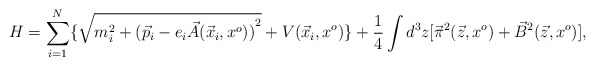
\begin{align*}H=\sum_{i=1}^N\lbrace \sqrt{m_i^2+{({\vec p}_i-e_i\vec A({\vec x}_i,x^o))}^2}+V({\vec x}_i,x^o)\rbrace +{1\over 4}\int d^3z [{\vec \pi}^2(\vec z,x^o)+{\vec B}^2(\vec z,x^o)],\end{align*}